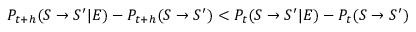
P _ { t + h } ( S \rightarrow S ^ { \prime } | E ) - P _ { t + h } ( S \rightarrow S ^ { \prime } ) < P _ { t } ( S \rightarrow S ^ { \prime } | E ) - P _ { t } ( S \rightarrow S ^ { \prime } )